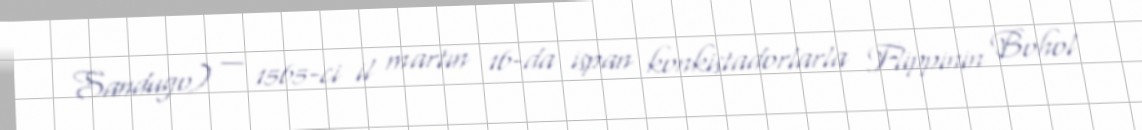
Sandugo) — 1565-ci il martın 16-da ispan konkistadorlarla Flippinin Bohol